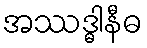
အဿဒ္ဓါနီဓ